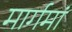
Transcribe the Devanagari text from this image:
मार्गमां